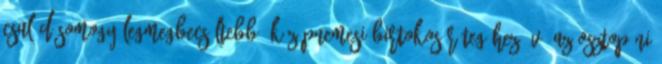
család Somogy legmegbecsültebb, középnemesi birtokos rétegéhez. V. Az Osztopáni